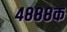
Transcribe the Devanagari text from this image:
४८८८क